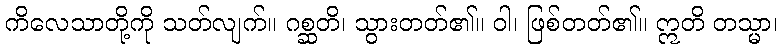
ကိလေသာတို့ကို သတ်လျက်။ ဂစ္ဆတိ၊ သွားတတ်၏။ ဝါ၊ ဖြစ်တတ်၏။ ဣတိ တသ္မာ၊